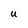
Character: U